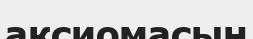
аксиомасын